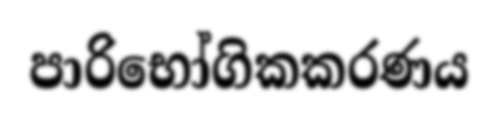
පාරිභෝගිකකරණය